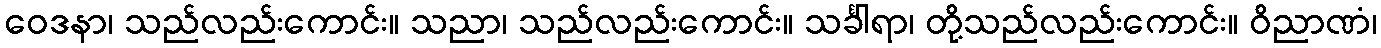
ဝေဒနာ၊ သည်လည်းကောင်း။ သညာ၊ သည်လည်းကောင်း။ သင်္ခါရာ၊ တို့သည်လည်းကောင်း။ ဝိညာဏံ၊